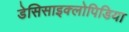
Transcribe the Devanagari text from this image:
डेसिसाइक्लोपिडिया